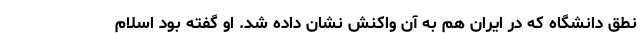
نطق دانشگاه که در ایران هم به آن واکنش نشان داده شد. او گفته بود اسلام